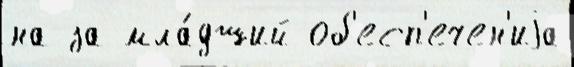
на за мла́дший об'есп'ечен'иjа